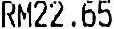
RM22.65